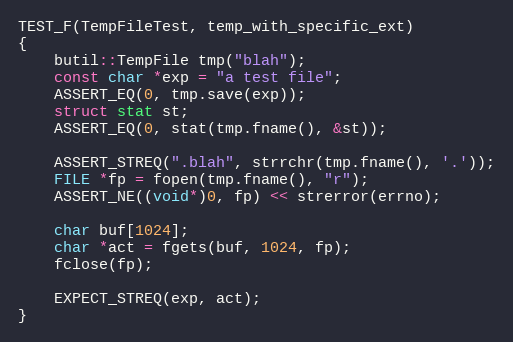
Language: C++
TEST_F(TempFileTest, temp_with_specific_ext)
{
    butil::TempFile tmp("blah");
    const char *exp = "a test file";
    ASSERT_EQ(0, tmp.save(exp));
    struct stat st;
    ASSERT_EQ(0, stat(tmp.fname(), &st));

    ASSERT_STREQ(".blah", strrchr(tmp.fname(), '.'));
    FILE *fp = fopen(tmp.fname(), "r");
    ASSERT_NE((void*)0, fp) << strerror(errno);

    char buf[1024];
    char *act = fgets(buf, 1024, fp);
    fclose(fp);

    EXPECT_STREQ(exp, act);
}